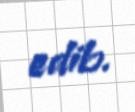
edib.